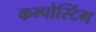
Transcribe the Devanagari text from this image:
कम्पोस्टिंग